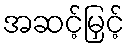
အဆင့်မြှင့်